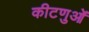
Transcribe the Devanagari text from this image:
कीटणुओं